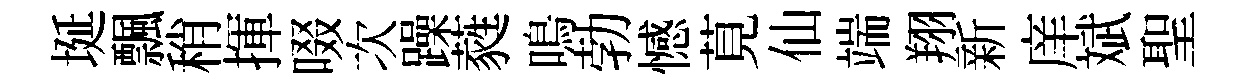
埏飄稍揮啜次躁蕤鳴勃憾莧仙端翔新庠斌聖